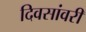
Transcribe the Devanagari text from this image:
दिवसांवरी